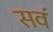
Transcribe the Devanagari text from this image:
सव॔